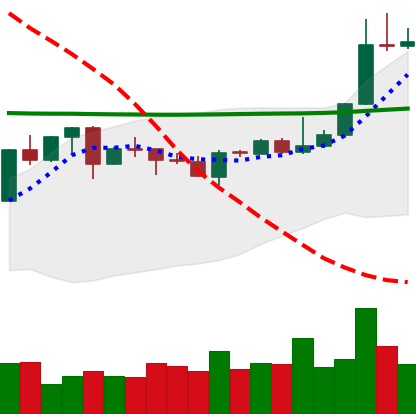
Ticker: XLM-USD
Chart end date: 2020-04-25
Forward return: 8.92%
Label: up_7plus